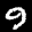
Label: 9